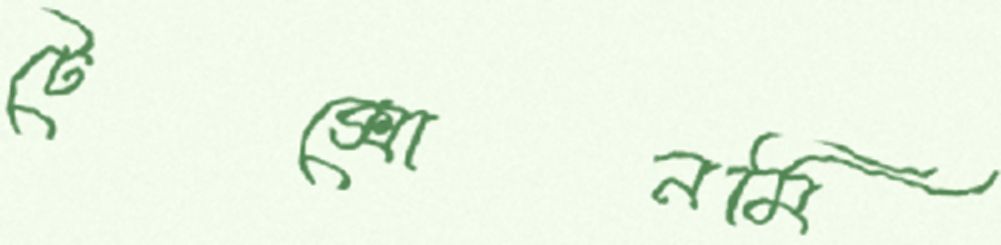
টেক্সোনমি